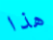
هذا